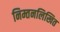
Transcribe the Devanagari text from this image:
निम्तनलिखित